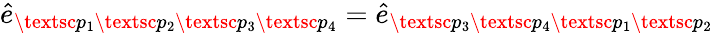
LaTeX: \hat{e}_{\textsc{p}_{1}\textsc{p}_{2}\textsc{p}_{3}\textsc{p}_{4}}=\hat{e}_{\textsc{p}_{3}\textsc{p}_{4}\textsc{p}_{1}\textsc{p}_{2}}